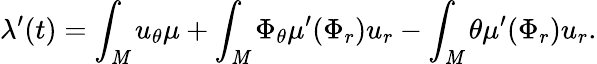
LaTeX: \lambda^{\prime}(t)=\int_{\mathit{M}}u_{\theta}\mu+\int_{\mathit{M}}\Phi_{\theta}\mu^{\prime}(\Phi_{r})u_{r}-\int_{\mathit{M}}\theta\mu^{\prime}(\Phi_{r})u_{r}.